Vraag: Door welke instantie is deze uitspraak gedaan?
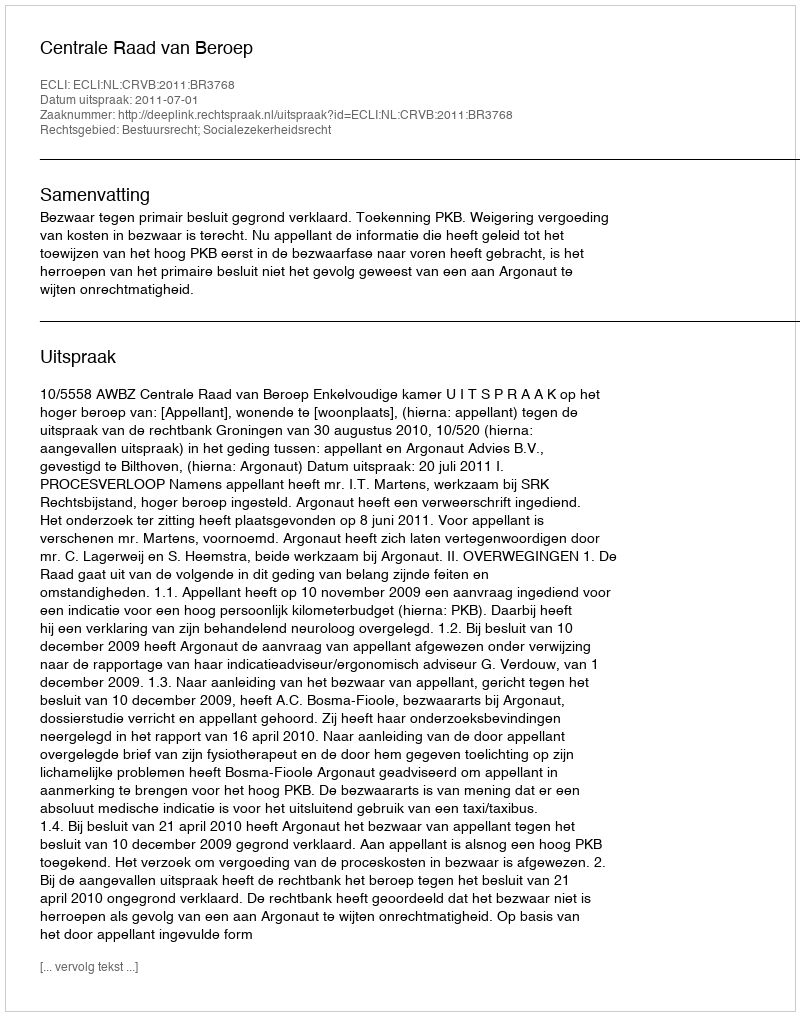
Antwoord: Centrale Raad van Beroep